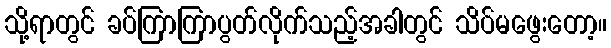
သို့ရာတွင် ခပ်ကြာကြာပွတ်လိုက်သည့်အခါတွင် သိပ်မဖွေးတော့။